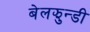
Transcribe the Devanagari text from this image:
बेलझुन्डी